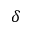
\delta